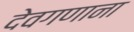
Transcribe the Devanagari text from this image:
देवगणाना